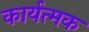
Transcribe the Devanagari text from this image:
कार्यत्मक